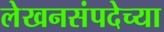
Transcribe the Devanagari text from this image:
लेखनसंपदेच्या